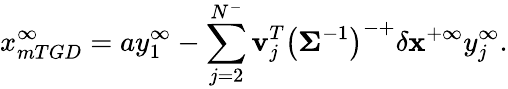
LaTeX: x_{mTGD}^{\infty}=ay_{1}^{\infty}-\sum_{j=2}^{N^{-}}\mathbf{v}_{j}^{T}\left(\mathbf{\Sigma}^{-1}\right)^{-+}\delta\mathbf{x}^{+\infty}y_{j}^{\infty}.